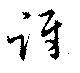
訝